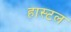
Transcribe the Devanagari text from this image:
हास्‍टल